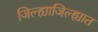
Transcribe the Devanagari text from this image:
जिल्ह्याजिल्ह्यात